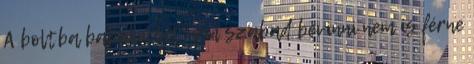
A boltba babakocsit nem szabad bevinni nem is férne